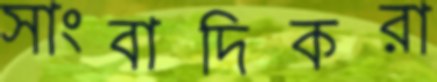
সাংবাদিকরা